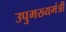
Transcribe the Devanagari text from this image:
उपुमख्यमंत्री